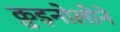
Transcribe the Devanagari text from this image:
क़ुइनोलोने